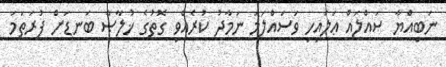
ނަބިއްޔާ ޞައްލައް ޢަލައިހި ވަސައްލަމަ ނަމާދު ކުރެއްވި ގޮތުގެ ޚުލާޞާ ބަނޑަށް ފުރަތަމަ